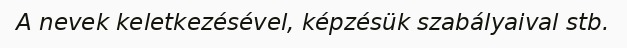
A nevek keletkezésével, képzésük szabályaival stb.